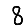
Digit: 8